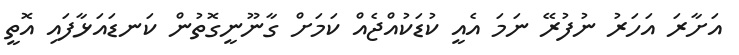
އަށާރަ އަހަރު ނުފުރޭ ނަމަ އެއީ ކުޑަކުއްޖެއް ކަމަށް ގާނޫނީގޮތުން ކަނޑައަޅާފައި އޮތީ